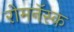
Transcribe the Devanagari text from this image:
रोमनॅस्क